Some observations on the morphology and mechanism of the parts in the orthorrapha - Number 58
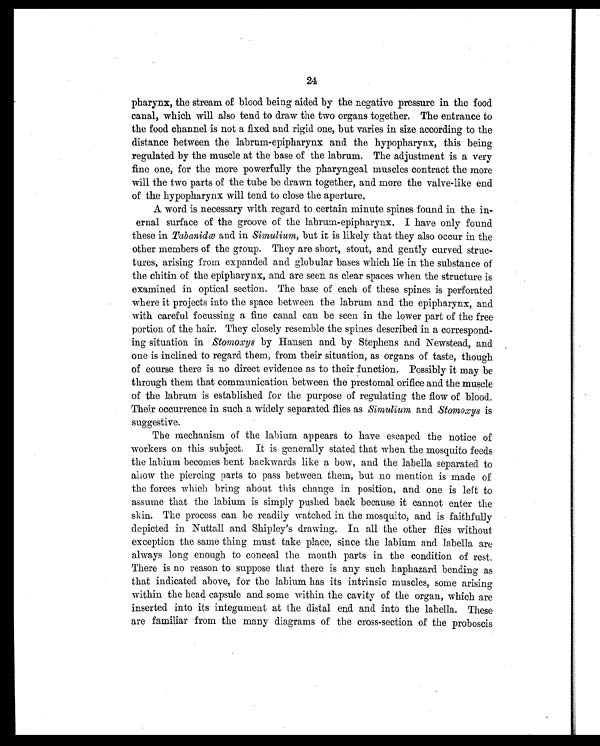
24
pharynx, the stream of blood being aided by the negative pressure in the food
canal, which will also tend to draw the two organs together. The entrance to
the food channel is not a fixed and rigid one, but varies in size according to the
distance between the labrum-epipharynx and the hypopharynx, this being
regulated by the muscle at the base of the labrum. The adjustment is a very
fine one, for the more powerfully the pharyngeal muscles contract the more
will the two parts of the tube be drawn together, and more the valve-like end
of the hypopharynx will tend to close the aperture.
A word is necessary with regard to certain minute spines found in the in-
ernal surface of the groove of the labrum-epipharynx. I have only found
these in Tabanidœ and in Simulium, but it is likely that they also occur in the
other members of the group. They are short, stout, and gently curved struc-
tures, arising from expanded and globular bases which lie in the substance of
the chitin of the epipharynx, and are seen as clear spaces when the structure is
examined in optical section. The base of each of these spines is perforated
where it projects into the space between the labrum and the epipharynx, and
with careful focussing a fine canal can be seen in the lower part of the free
portion of the hair. They closely resemble the spines described in a correspond-
ing situation in Stomoxys by Hansen and by Stephens and Newstead, and
one is inclined. to regard them, from their situation, as organs of taste, though
of course there is no direct evidence as to their function. Possibly it may be
through them that communication between the prestomal orifice and the muscle
of the labrum is established for the purpose of regulating the flow of blood.
Their occurrence in such a widely separated flies as Simulium and Stomoxys is
suggestive.
The mechanism of the labium appears to have escaped the notice of
workers on this subject. It is generally stated that when the mosquito feeds
the labium becomes bent backwards like a bow, and the labella separated to
allow the piercing parts to pass between them, but no mention is made of
the forces which bring about this change in position, and one is left to
assume that the labium is simply pushed back because it cannot enter the
skin. The process can be readily watched in the mosquito, and is faithfully
depicted in Nuttall and Shipley's drawing. In all the other flies without
exception the same thing must take place, since the labium and labella are
always long enough to conceal the mouth parts in the condition of rest.
There is no reason to suppose that there is any such haphazard bending as
that indicated above, for the labium has its intrinsic muscles, some arising
within the head capsule and some within the cavity of the organ, which are
inserted into its integument at the distal end and into the labella. These
are familiar from the many diagrams of the cross-section of the proboscis